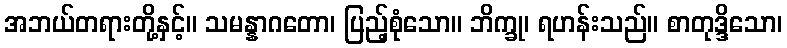
အဘယ်တရားတို့နှင့်။ သမန္နာဂတော၊ ပြည့်စုံသော။ ဘိက္ခု၊ ရဟန်းသည်။ စာတုဒ္ဒိသော၊